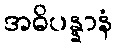
အဓိပန္နာနံ